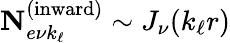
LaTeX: \mathbf{N}_{e\nu k_{\ell}}^{(\textrm{inward})}\sim J_{\nu}(k_{\ell}r)